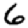
Digit: 6